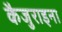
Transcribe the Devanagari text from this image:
कैजुराइना